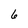
Character: 6